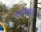
બગલાએ